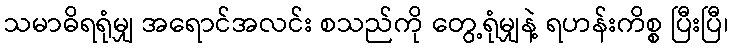
သမာဓိရရုံမျှ အရောင်အလင်း စသည်ကို တွေ့ရုံမျှနဲ့ ရဟန်းကိစ္စ ပြီးပြီ၊